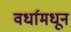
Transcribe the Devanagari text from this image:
वर्धामधून